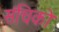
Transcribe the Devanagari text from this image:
संचिको